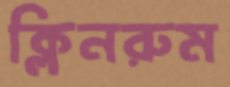
ক্লিনরুম